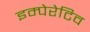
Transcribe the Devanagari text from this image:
इम्पेरेटिव